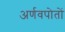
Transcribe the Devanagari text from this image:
अर्णवपोतों